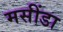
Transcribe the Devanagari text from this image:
मसींडा